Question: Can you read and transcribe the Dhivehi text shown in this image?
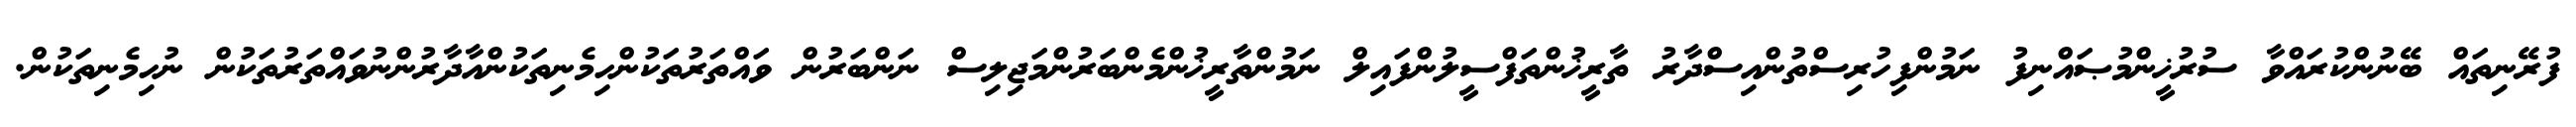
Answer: ފުރޭނިތައް ބޭނުންކުރައްވާ ސުރުޚީންމުޞައްނިފު ނަމުންފިހުރިސްތުންއިސްދާރު ތާރީޚުންތަފްސީލުންފައިލް ނަމުންތާރީޚުންމެންބަރުންމަޖިލިސް ނަންބަރުން ވައްތަރުތަކުންހިމެނިތަކުންއާދާރުންނުވައްތަރުތަކުން ނުހިމެނިތަކުން.